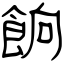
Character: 餉